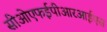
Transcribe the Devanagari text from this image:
सीओएफईपीआरआईएस